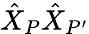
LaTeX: \hat{X}_{P}\hat{X}_{P^{\prime}}